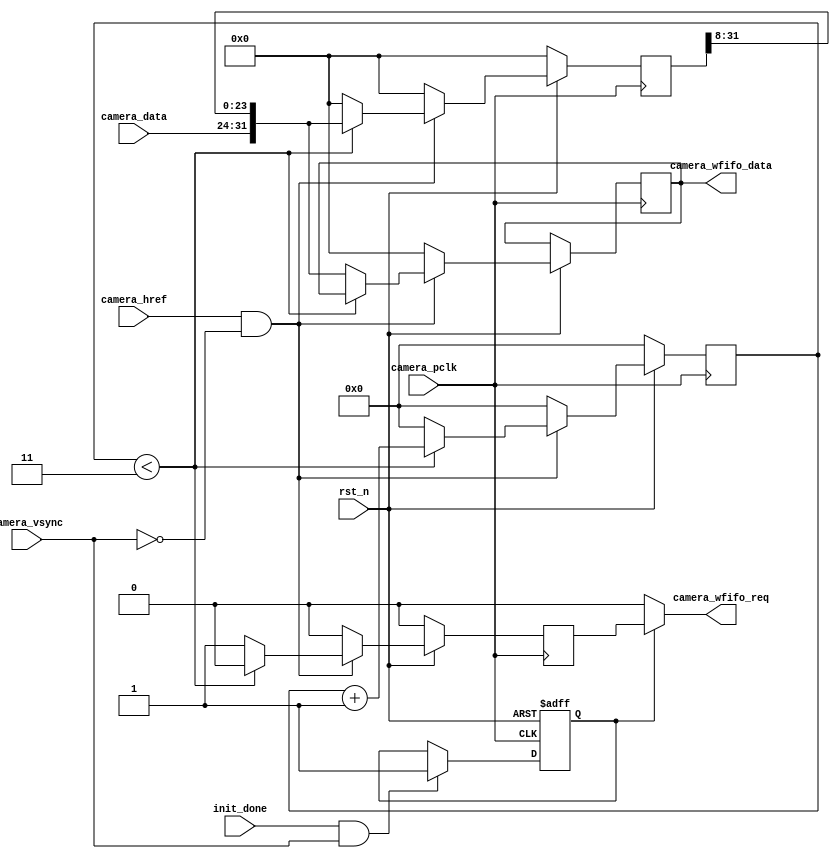
module ov9281_capture(
	input rst_n,	
	input init_done,
	input camera_pclk,
    input camera_href,                               //                               
	input camera_vsync,                              //Vertical sync (
    //
	input [7:0]       camera_data        ,	          //DVP output data[8]-[1]
	output wire       camera_wfifo_req   ,            //ddr camera, 
	output reg [31:0] camera_wfifo_data               //ddr camera
//    output reg [24:0] num_cnt            ,
//    output wire [7:0] camera_8data       ,
//    output wire       camera_8data_valid 

);

//reg [10:0] camera_h_count;            
//reg [9:0]  camera_v_count;       

reg [31:0] camera_data_reg;
reg [3:0] counter;

reg cmos_wren;
reg first_flag;
//    reg camera_vsync_d0,camera_vsync_d1;
//    wire neg_camera_vsync;

//camera  
//always @(posedge camera_pclk)
//begin
//	 if (~rst_n) 
//       camera_h_count<=1;
//	 else if(camera_h_count==1280)
//		 camera_h_count<=1;
//	 else if((camera_href==1'b1) & (camera_vsync==1'b0))  
//       camera_h_count<=camera_h_count+1'b1;	  
//	 else 
//	 	 camera_h_count<=camera_h_count;
// 
//end

//camera
//always @(posedge camera_pclk)
//begin
//	 if (~rst_n | camera_vsync) 
//       camera_v_count<=1;
//	 else if((camera_href==1'b1)&&(camera_v_count==800))   
//       camera_v_count<=1;
//	 else if(camera_h_count==1280)   
//       camera_v_count<=camera_v_count+1'b1;	  
//	 else 
//	 	 camera_v_count<=camera_v_count;
//end
	
//cameraDDR 
always @(posedge camera_pclk)
begin
    if (~rst_n) begin 
        camera_data_reg<=0;
        cmos_wren<=1'b0;
        counter<=0;
    end	
    else if((camera_href==1'b1) & (camera_vsync==1'b0)) begin   //cmos
        if(counter<3) begin                              //3camera	  
        camera_data_reg<={camera_data,camera_data_reg[31:8]};
        counter<=counter+1'b1;
        camera_wfifo_data<=camera_wfifo_data;	
        cmos_wren<=1'b0;
        end
        else begin                                       //4camera		  
            camera_wfifo_data<={camera_data,camera_data_reg[31:8]};
            camera_data_reg<=0;		
            counter<=0; 
            cmos_wren<=1'b1;                              //4bytes,ddr				 
        end
    end
    else begin
        camera_data_reg<=0;
        camera_wfifo_data<=0;
        cmos_wren<=1'b0;
        counter<=0;
    end
end

always @(negedge camera_pclk or negedge rst_n)begin
    if(rst_n==1'b0) begin
        first_flag<=1'b0;
    end  
    else if(init_done && camera_vsync) begin
        first_flag<=1'b1;
    end
    else begin 
        first_flag<=first_flag;
    end
end
	
	assign camera_wfifo_req = first_flag ? cmos_wren:1'b0;
//    assign camera_8data_valid = first_flag ? ((camera_href==1'b1)&(camera_vsync==1'b0)):1'b0;
//    assign camera_8data = camera_data ; 
//always @(negedge camera_pclk or negedge rst_n)begin
//    if(rst_n==1'b0) begin
//        num_cnt<=0;
//    end  
//    else if(camera_8data_valid) begin
//        num_cnt<= num_cnt + 1;
//    end
//    //else if(camera_wfifo_req) begin
//    //    num_cnt<= num_cnt + 1;
//    //end
//    else if(neg_camera_vsync) begin
//        num_cnt<= 0;
//    end
//    else begin 
//        num_cnt<=num_cnt;
//    end
//end

//always @(negedge camera_pclk or negedge rst_n)begin
//    if(rst_n==1'b0) begin
//        camera_vsync_d0 <= 0;
//        camera_vsync_d1 <= 0;
//    end  
//    else begin
//        camera_vsync_d0 <= camera_vsync;
//        camera_vsync_d1 <= camera_vsync_d0;
//    end
//end
//    assign neg_camera_vsync = ~camera_vsync_d0&camera_vsync_d1;
    
endmodule